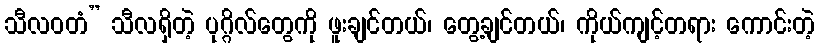
သီလဝတံ” သီလရှိတဲ့ ပုဂ္ဂိလ်တွေကို ဖူးချင်တယ်၊ တွေ့ချင်တယ်၊ ကိုယ်ကျင့်တရား ကောင်းတဲ့